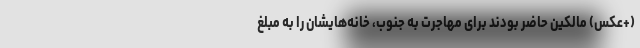
(+عکس) مالکین حاضر بودند برای مهاجرت به جنوب، خانه‌هایشان را به مبلغ